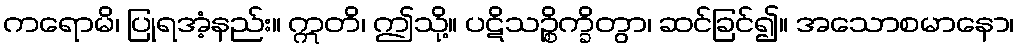
ကရောမိ၊ ပြုရအံ့နည်း။ ဣတိ၊ ဤသို့။ ပဋိသဉ္စိက္ခိတွာ၊ ဆင်ခြင်၍။ အသောစမာနော၊